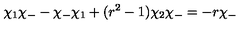
\chi _ { 1 } \chi _ { - } - \chi _ { - } \chi _ { 1 } + ( r ^ { 2 } - 1 ) \chi _ { 2 } \chi _ { - } = - r \chi _ { - }